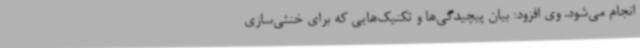
انجام می‌شود. وی افزود: بیان پیچیدگی‌ها و تکنیک‌هایی که برای خنثی‌سازی